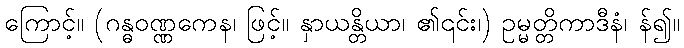
ကြောင့်။ (ဂန္ဓဝဏ္ဏကေန၊ ဖြင့်။ နှာယန္တိယာ၊ ၏၎င်း၊) ဥမ္မတ္တိကာဒီနံ၊ န်၍။